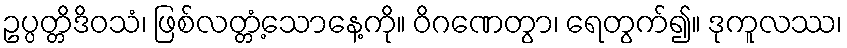
ဥပ္ပတ္တိဒိဝသံ၊ ဖြစ်လတ္တံ့သောနေ့ကို။ ဝိဂဏေတွာ၊ ရေတွက်၍။ ဒုကူလဿ၊